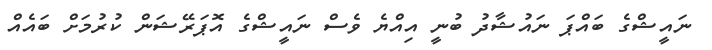
ނައީޝްގެ ބައްޕަ ނައުޝާދު ބުނީ އިއްޔެ ވެސް ނައީޝްގެ އޮޕަރޭޝަން ކުރުމަށް ބައެއް